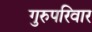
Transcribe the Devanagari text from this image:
गुरुपरिवार